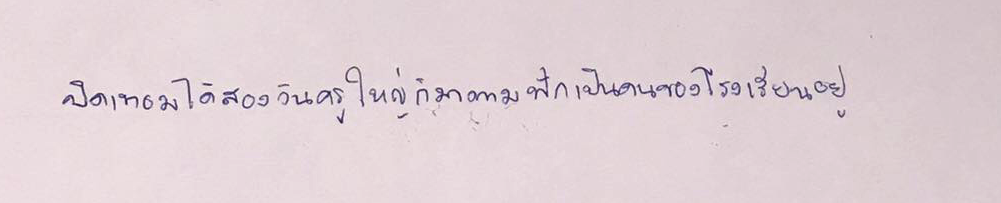
ปิดเทอมได้สองวันครูใหญ่ก็มาตามฟักเป็นคนของโรงเรียนอยู่